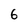
Character: 6